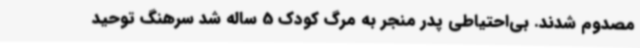
مصدوم شدند. بی‌احتیاطی پدر منجر به مرگ کودک 5 ساله شد سرهنگ توحید